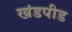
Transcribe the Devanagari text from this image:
खंडपीड